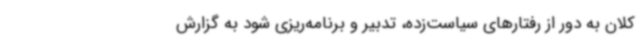
کلان به دور از رفتارهای سیاست‌زده، تدبیر و برنامه‌ریزی شود به گزارش